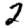
Digit: 2